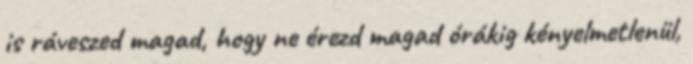
is ráveszed magad, hogy ne érezd magad órákig kényelmetlenül,